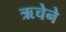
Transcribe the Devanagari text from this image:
ऋचेने